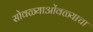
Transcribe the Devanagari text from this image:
सोवळ्याओंवळ्याचा